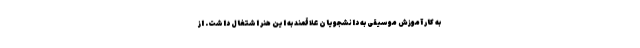
به کار آموزش موسیقی به دانشجویان علاقمند به این هنر اشتغال داشت. از